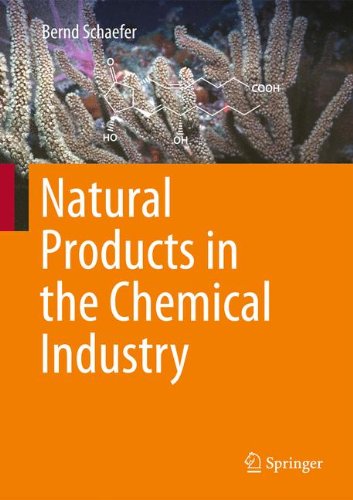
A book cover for Natural Products in the Chemical Industry; Bernd Schaefer; Science & Math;